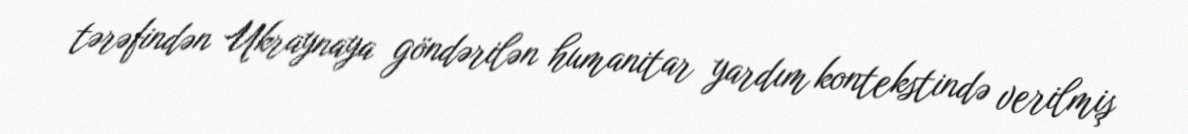
tərəfindən Ukraynaya göndərilən humanitar yardım kontekstində verilmiş